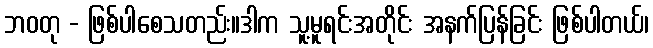
ဘဝတု - ဖြစ်ပါစေသတည်း။ဒါက သူ့မူရင်းအတိုင်း အနက်ပြန်ခြင်း ဖြစ်ပါတယ်၊